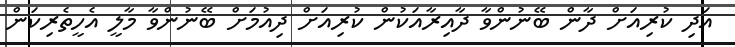
އަދި ކުރިއަށް ދާން ބޭނުންވާ ދާއިރާއަކުން ކުރިއަށް ދިއުމަށް ބޭނުންވާ މާލީ އެހީތެރިކަން